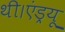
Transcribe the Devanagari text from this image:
थी।एंड्रयू